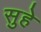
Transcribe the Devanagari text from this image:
सुहे